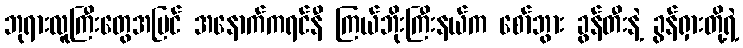
ဘုရားလူကြီးတွေအပြင် အနောက်ကရင်နီ ကြယ်ဘိုးကြီးနယ်က စော်ဘွား ခွန်တီးနဲ့ ခွန်ရှားတို့ရဲ့